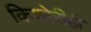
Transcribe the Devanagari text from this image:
किशोरीही